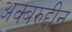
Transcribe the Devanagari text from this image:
अक्बरुद्दीन